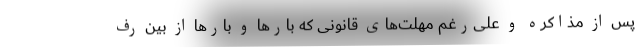
پس از مذاکره و علی‌رغم مهلت‌های قانونی که بارها و بارها از بین رف